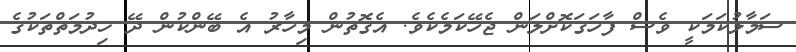
ސަމާލުކަމަކީ ވެސް ފާހަގަކޮށްލަން ޖެހޭކަމެކެވެ. އެގޮތުން މިހާރު އެ ބޭންކުން ދޭ ޚިދުމަތްތަކުގެ